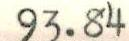
93.84